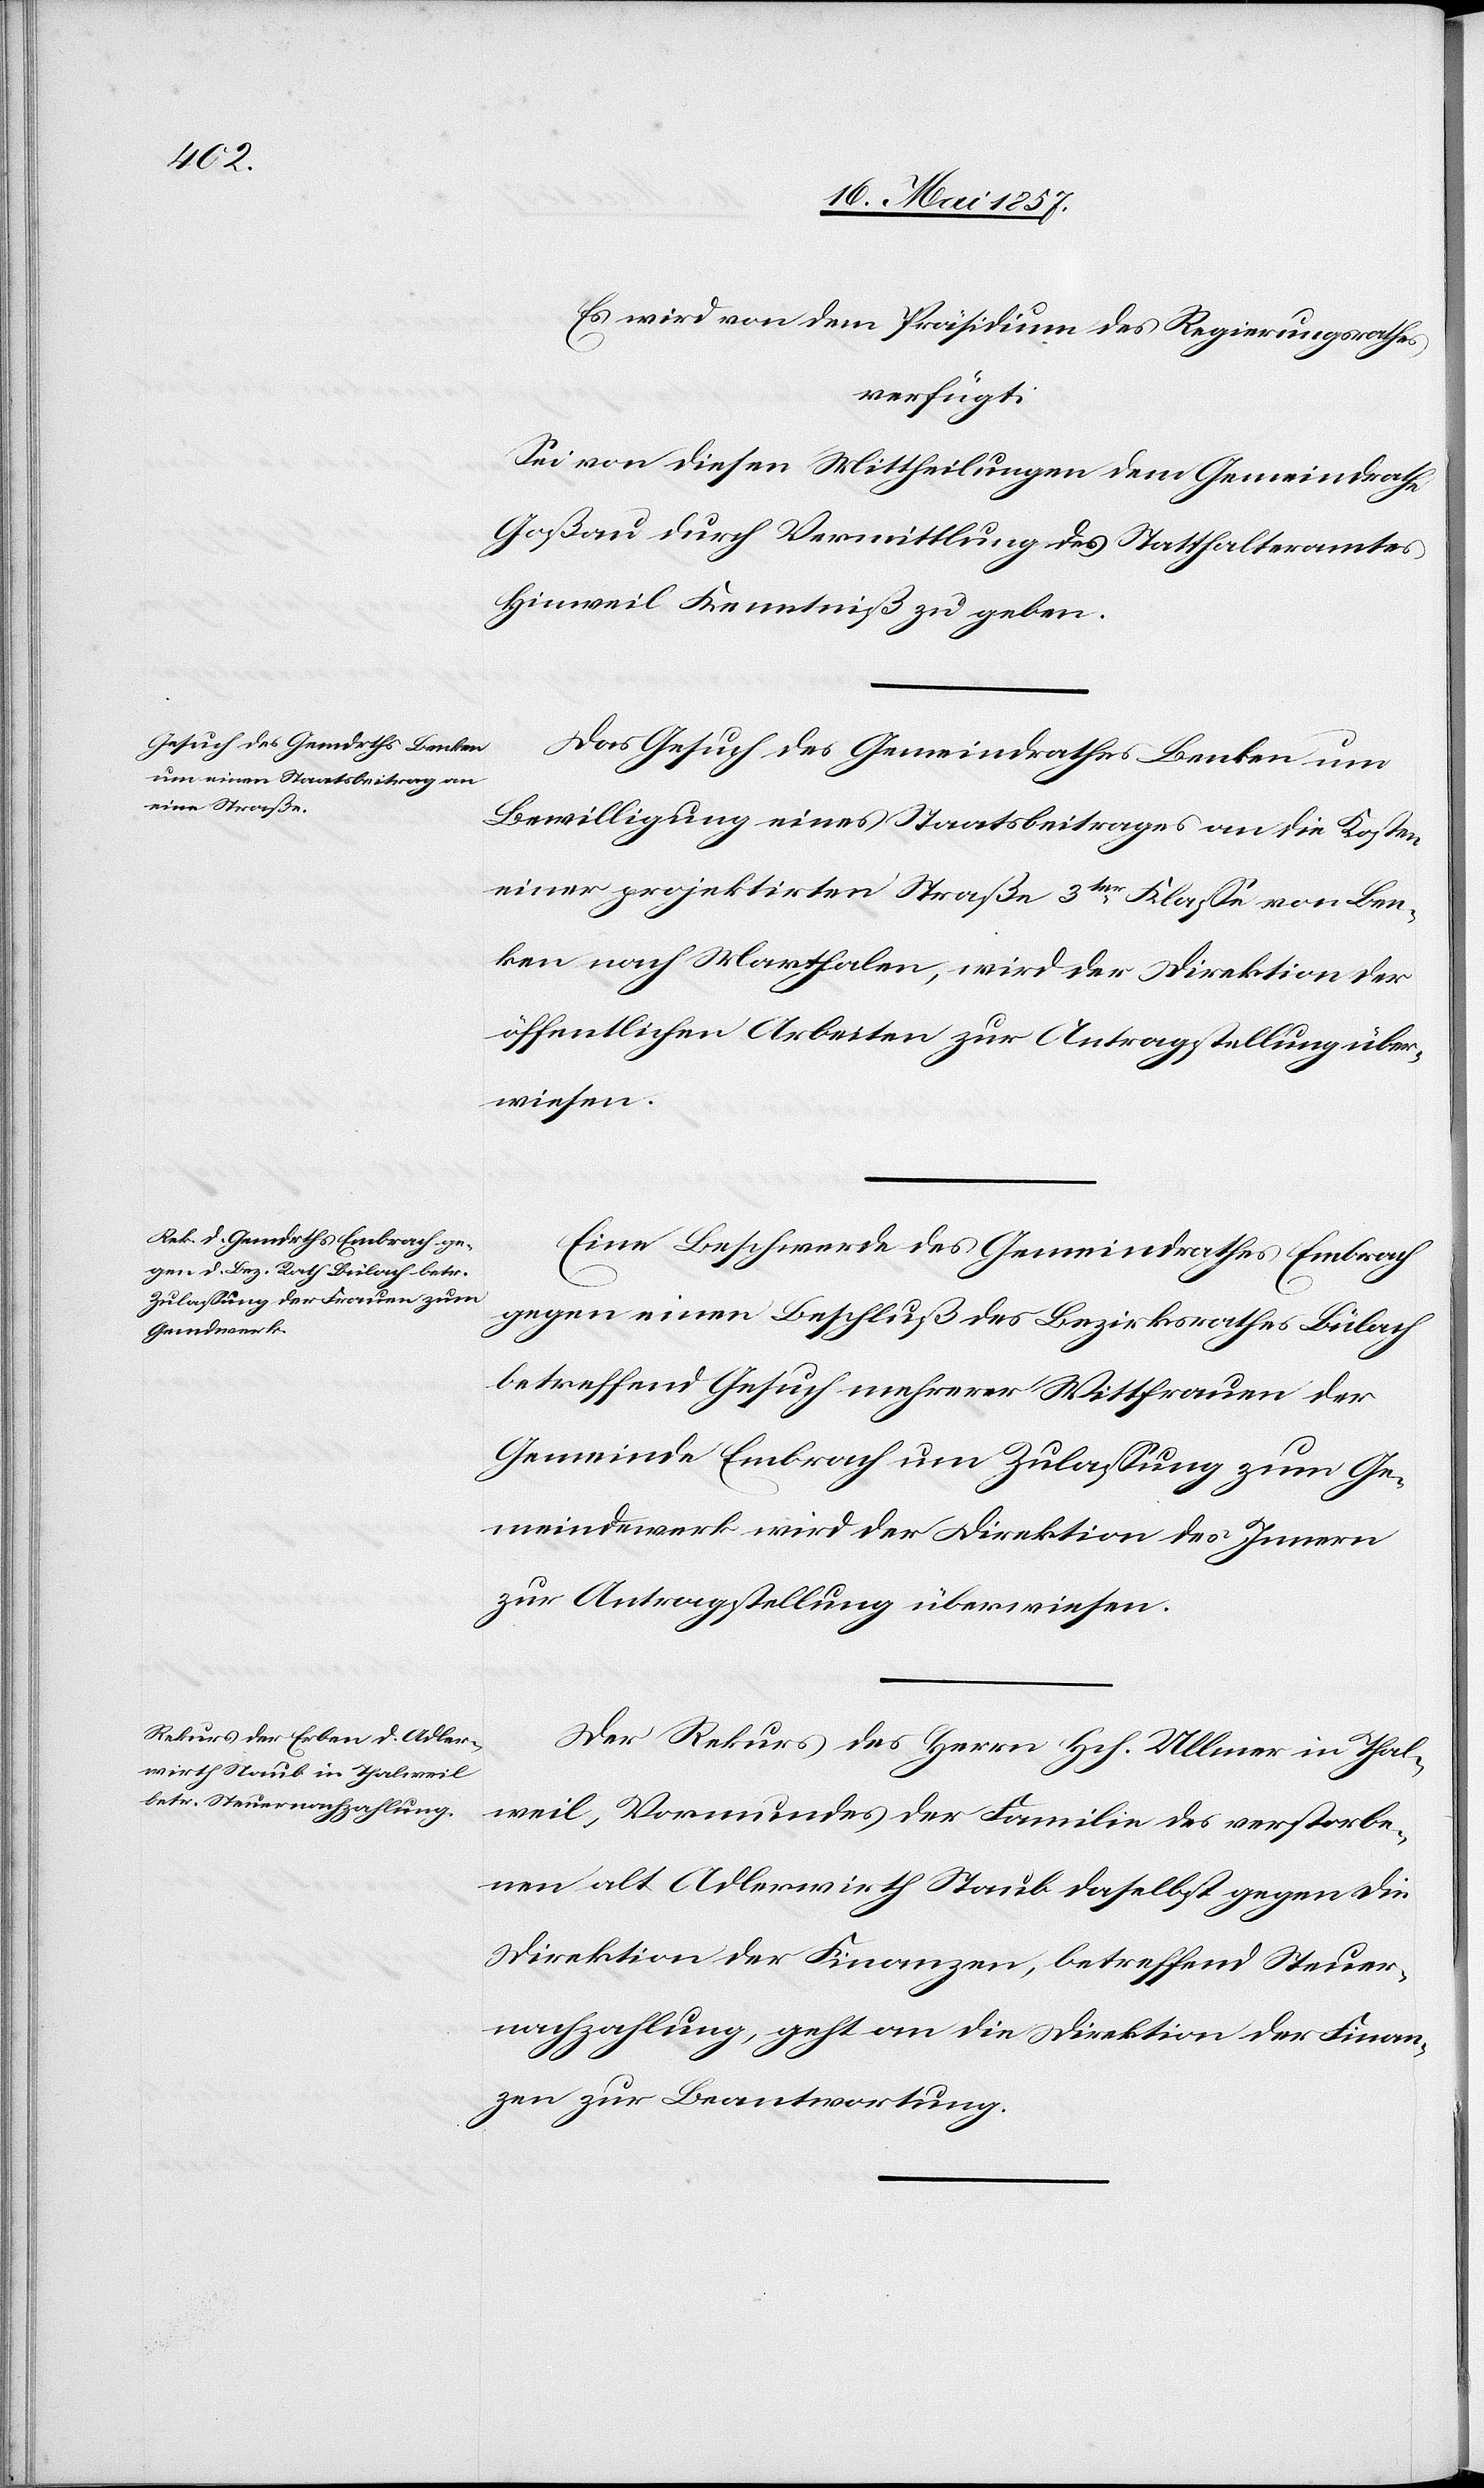
18 Mai 1857.]
Es wird von dem Präsidium des Regierungsrathes
verfügt:
Sei von diesen Mittheilungen dem Gemeindrathe
Goßau durch Vermittlung des Statthalteramtes
Hinweil Kenntniß zu geben.
Das Gesuch des Gemeindrathes Benken um
Bewilligung eines Staatsbeitrages an die Kosten
einer projektirten Straße 3ter Klasse von Ben¬
ken nach Marthalen, wird der Direktion der
öffentlichen Arbeiten zur Antragstellung über¬
wiesen.
Eine Beschwerde des Gemeindrathes Embrach
gegen einen Beschluß des Bezirksrathes Bülach
betreffend Gesuch mehrer Wittfrauen der
Gemeinde Embrach um Zulassung zum Ge¬
meindewerk wird der Direktion des Innern
zur Antragstellung überwiesen.
Der Rekurs des Herrn Hch. Ullmer in Thal¬
weil, Vormundes der Familie des verstorbe¬
nen alt Adlerwirth Staub daselbst gegen die
Direktion der Finanzen, betreffend Steuer¬
nachzahlung, geht an die Direktion der Finan¬
zen zur Beantwortung.